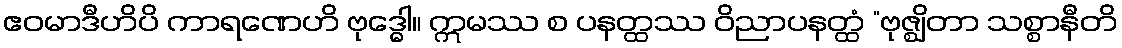
ဧဝမာဒီဟိပိ ကာရဏေဟိ ဗုဒ္ဓေါ။ ဣမဿ စ ပနတ္ထဿ ဝိညာပနတ္ထံ “ဗုဇ္ဈိတာ သစ္စာနီတိ